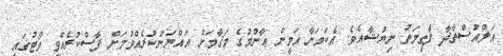
އަލްއުސްތާޛާ ފާޠިމަތު ނިޔުޝާއެވެ. އެކަމަނާ އަމީން ޢާންމުގެ މަޤާމަށް އައްޔަނުކުރެއްވުމަށް ފާސްކުރެއްވީ ވޯޓުގައި